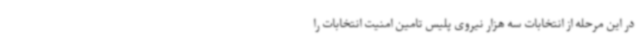
در این مرحله از انتخابات سه هزار نیروی پلیس تامین امنیت انتخابات را